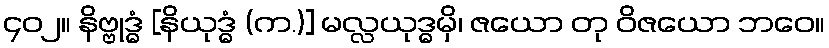
၄၀၂။ နိဗ္ဗုဒ္ဓံ [နိယုဒ္ဓံ (က.)] မလ္လယုဒ္ဓမှိ၊ ဇယော တု ဝိဇယော ဘဝေ။